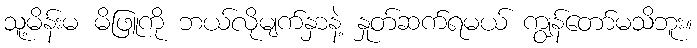
သူ့မိန်းမ မိဖြူကို ဘယ်လိုမျက်နှာနဲ့ နှုတ်ဆက်ရမယ် ကျွန်တော်မသိဘူး။